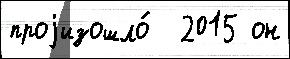
проjизошло́  2015 он